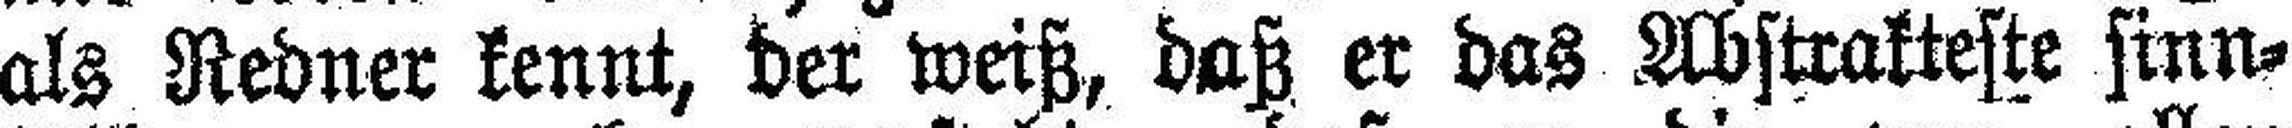
als Redner kennt, der weiß, daß er das Abstrakteste sinn¬